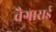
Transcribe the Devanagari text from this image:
वैगाराई